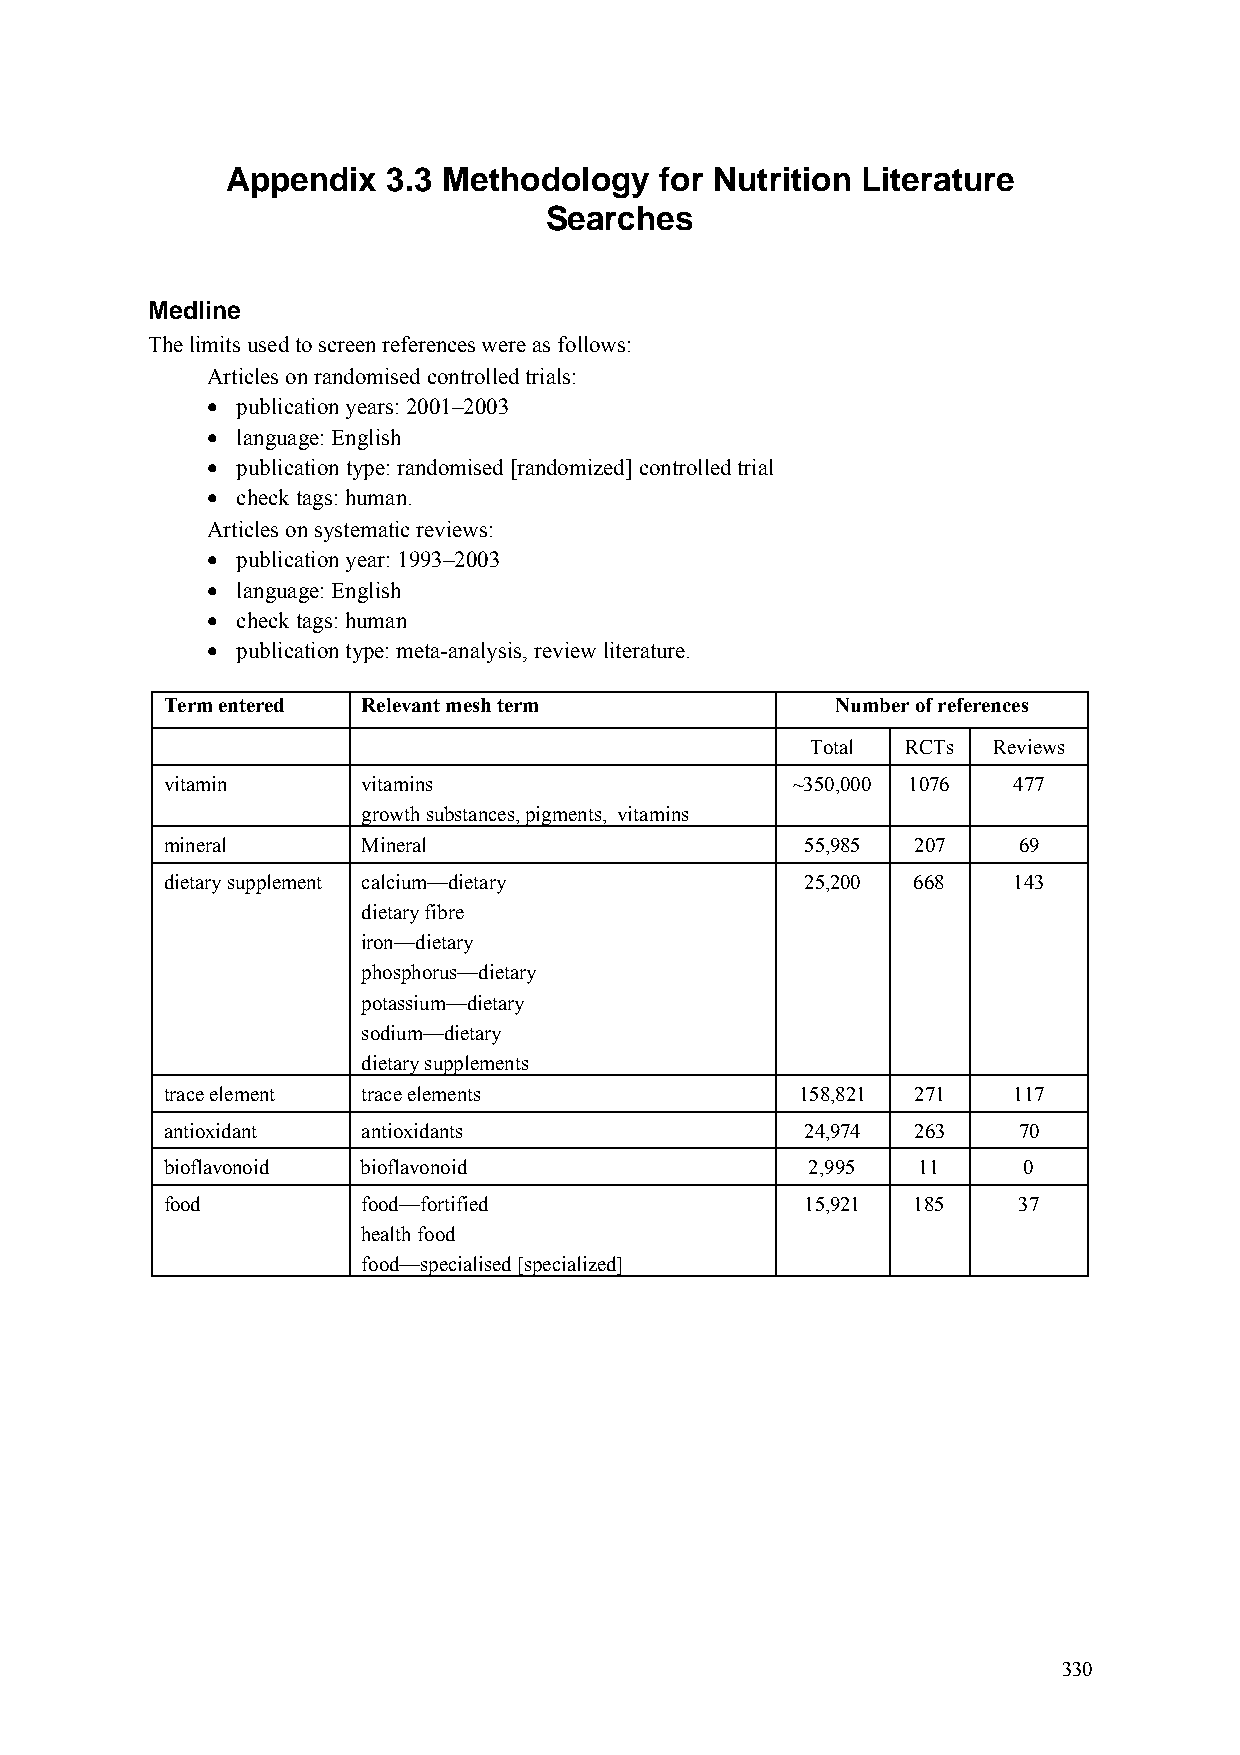
Appendix   3.3 Methodology   for Nutrition Literature
 Searches
 Medline
 The limits used to screen references were as follows:
 Articles on randomised controlled trials:
 • publication years: 2001–2003
 • language: English
 • publication type: randomised [randomized] controlled trial
 • check tags: human.
 Articles on systematic reviews:
 • publication year: 1993–2003
 • language: English
 • check tags: human
 • publication type: meta-analysis, review literature.
 Term entered Relevant mesh term             Number of references
 Total RCTs  Reviews
 vitamin      vitamins                    ~350,000 1076  477
 growth substances, pigments, vitamins
 mineral      Mineral                      55,985  207   69
 dietary supplement calcium—dietary        25,200 668    143
 dietary fibre
 iron—dietary
 phosphorus—dietary
 potassium—dietary
 sodium—dietary
 dietary supplements
 trace element trace elements              158,821 271   117
 antioxidant  antioxidants                 24,974  263   70
 bioflavonoid bioflavonoid                  2,995  11     0
 food         food—fortified               15,921 185    37
 health food
 food—specialised [specialized]
 330